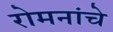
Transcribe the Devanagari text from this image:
रोमनांचे